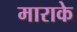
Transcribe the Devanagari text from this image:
माराके